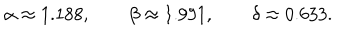
\alpha \approx 1 . 1 8 8 , \qquad \beta \approx 1 . 9 9 1 , \qquad \delta \approx 0 . 6 3 3 .